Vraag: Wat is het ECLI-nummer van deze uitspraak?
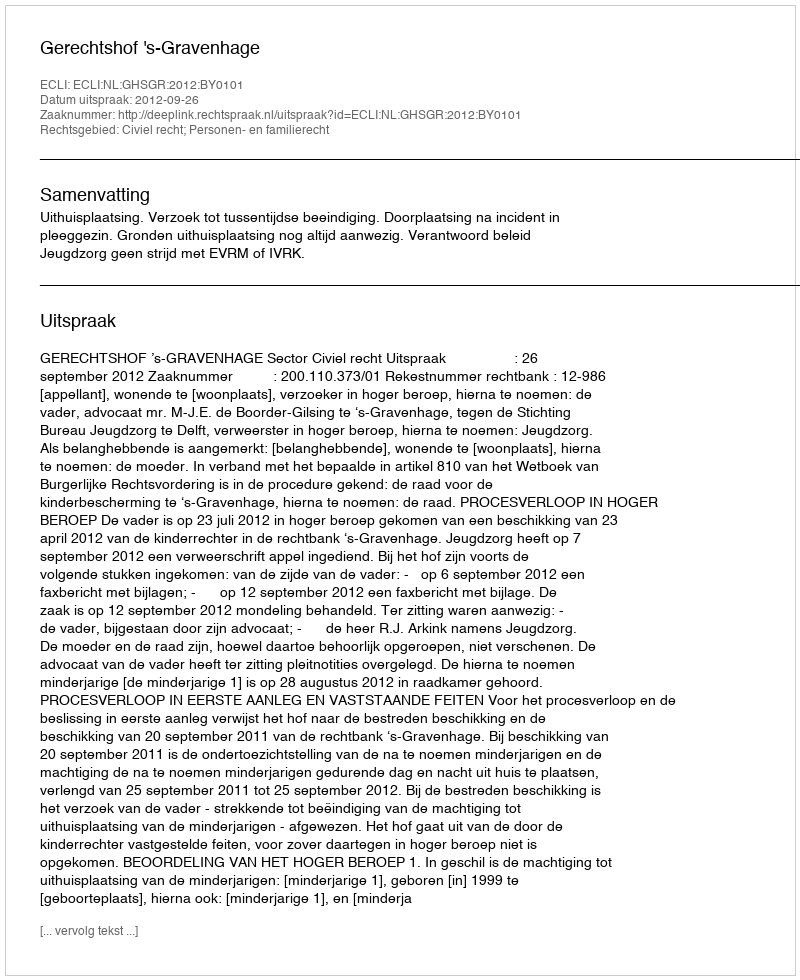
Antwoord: ECLI:NL:GHSGR:2012:BY0101